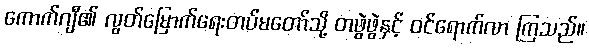
ကောက်ဂျီ၏ လွတ်မြောက်ရေးတပ်မတော်သို့ တဖွဲဖွဲနှင့် ဝင်ရောက်လာ ကြသည်။